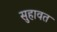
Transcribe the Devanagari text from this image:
सुहावत